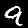
Label: 9